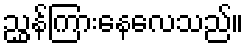
ညွှန်ကြားနေလေသည်။